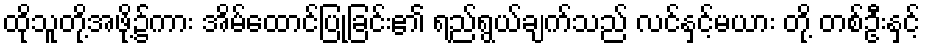
ထိုသူတို့အဖို့၌ကား အိမ်ထောင်ပြုခြင်း၏ ရည်ရွယ်ချက်သည် လင်နှင့်မယား တို့ တစ်ဦးနှင့်